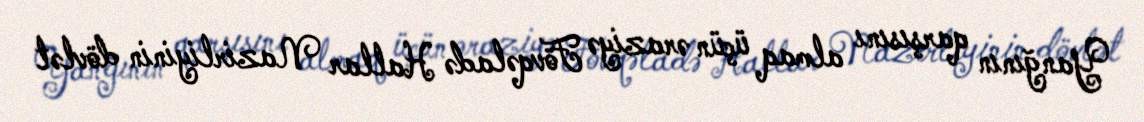
Yanğının qarşısını almaq üçün əraziyə Fövqəladə Hallar Nazirliyinin dövlət